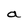
Character: a